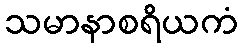
သမာနာစရိယကံ